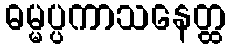
ဓမ္မပ္ပကာသနေတ္ထ